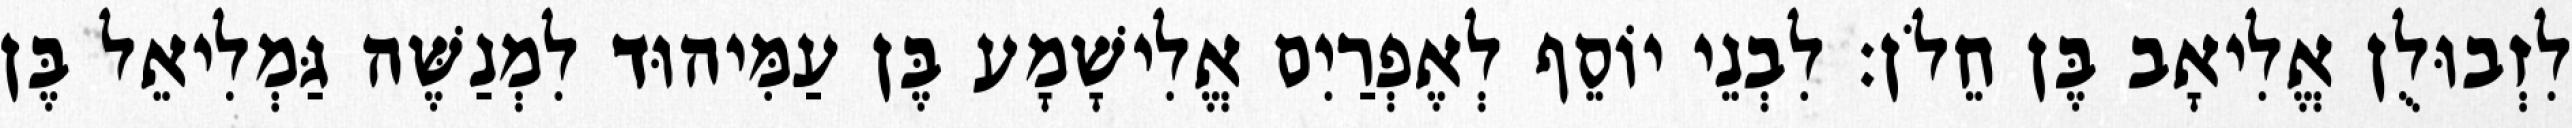
לִזְבוּלֻן אֱלִיאָב בֶּן חֵלֹן׃ לִבְנֵי יוֹסֵף לְאֶפְרַיִם אֱלִישָׁמָע בֶּן עַמִּיהוּד לִמְנַשֶּׁה גַּמְלִיאֵל בֶּן